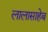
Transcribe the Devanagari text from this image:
लालासाहेब